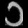
Digit: ၁